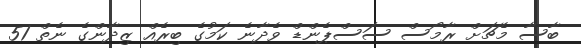
ބާސާ މެޗަށް ރާމޯސް ސަސްޕެންޑް ވެދާނެ ކަމުގެ ބިރެއް ޒިދާންގެ ނެތް 51